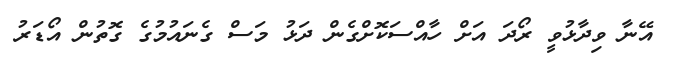
އޭނާ ވިދާޅުވީ ރޯދަ އަށް ހާއްސަކޮށްގެން ދަޅު މަސް ގެނައުމުގެ ގޮތުން އޯޑަރު